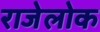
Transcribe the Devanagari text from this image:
राजेलोक